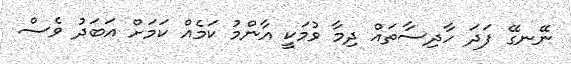
ނޭނގޭ ފަދަ ހާދިސާތައް ދިމާ ވުމަކީ އާންމު ކަމެއް ކަމަށް އަބަދު ވެސް